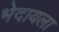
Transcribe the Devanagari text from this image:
भेदायला